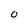
Character: O